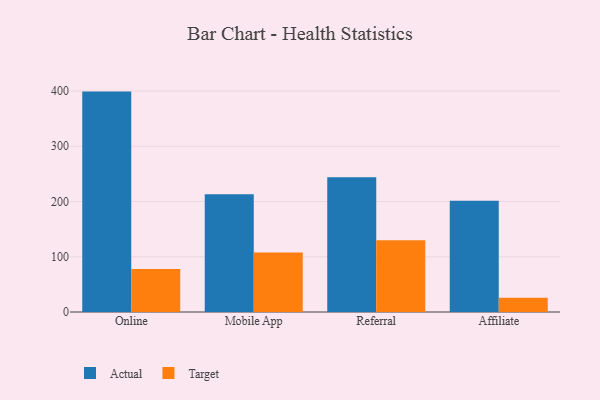
{"axis": {"x": "Channel", "y": "Tickets Resolved"}, "legend": ["Actual", "Target"], "data": [{"x": "Online", "y": 399.0, "type": "Actual"}, {"x": "Online", "y": 77.8, "type": "Target"}, {"x": "Mobile App", "y": 213.1, "type": "Actual"}, {"x": "Mobile App", "y": 107.6, "type": "Target"}, {"x": "Referral", "y": 243.9, "type": "Actual"}, {"x": "Referral", "y": 129.7, "type": "Target"}, {"x": "Affiliate", "y": 201.4, "type": "Actual"}, {"x": "Affiliate", "y": 26.0, "type": "Target"}]}